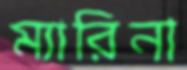
ম্যারিনা